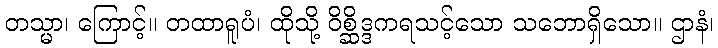
တသ္မာ၊ ကြောင့်။ တထာရူပံ၊ ထိုသို့ ဝိစ္ဆိဒ္ဒကရသင့်သော သဘောရှိသော။ ဌာနံ၊